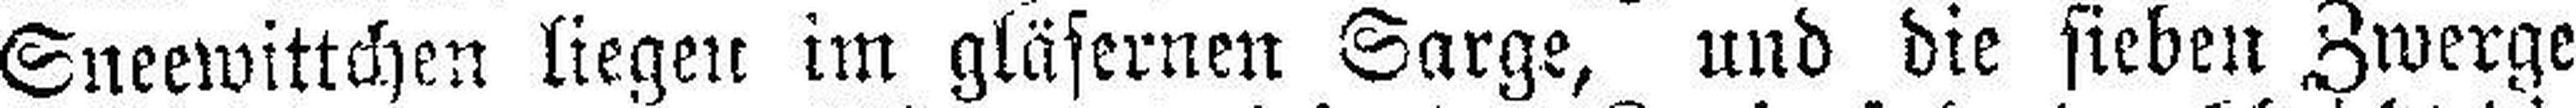
Sneewittchen liegen im gläsernen Sarge, und die sieben Zwerge